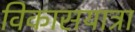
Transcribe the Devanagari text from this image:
विकासयात्रा